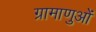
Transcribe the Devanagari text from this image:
ग्रामाणुओं